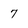
Character: 7